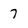
Character: 7